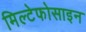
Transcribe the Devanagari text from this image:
मिल्टेफोसाइन